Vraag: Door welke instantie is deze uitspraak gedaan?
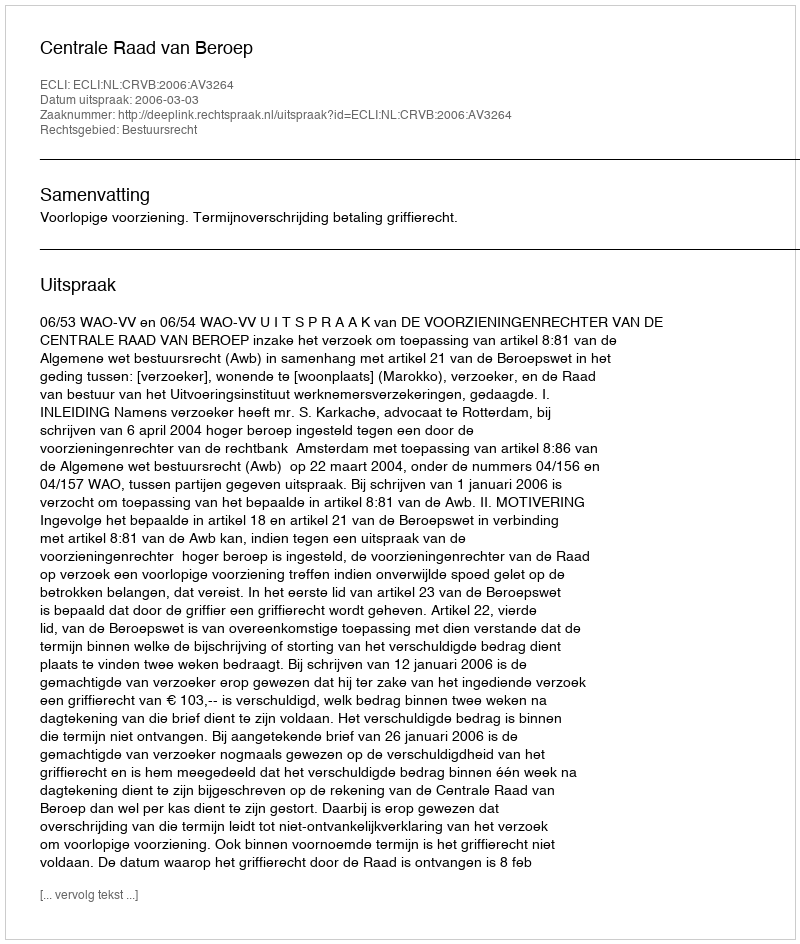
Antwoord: Centrale Raad van Beroep